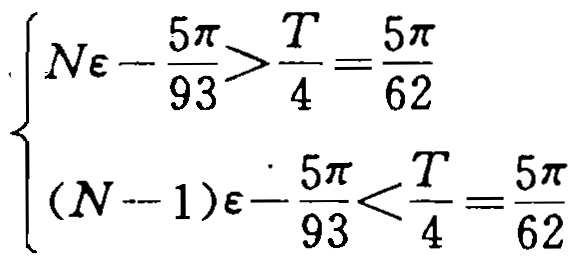
\[
\begin{cases}
N\varepsilon - \frac{5\pi}{93} > \frac{T}{4}=\frac{5\pi}{62}\\
(N - 1)\varepsilon-\frac{5\pi}{93}<\frac{T}{4}=\frac{5\pi}{62}
\end{cases}
\]